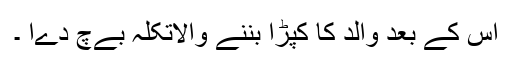
اس کے بعد والد کا کپڑا بننے والاتکلہ بےچ دےا ۔